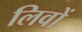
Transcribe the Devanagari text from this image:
लिवों